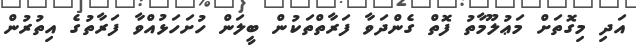
އަދި މިގޮތަށް މަޢުލޫމާތު ފޮތް ގެންދަވާ ފަރާތްތަކުން ބީލަން ހުށަހަޅުއްވާ ފަރާތުގެ އިތުރުން